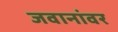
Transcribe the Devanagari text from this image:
जवानांवर